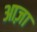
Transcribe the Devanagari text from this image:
आज़ा